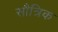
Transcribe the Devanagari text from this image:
सौत्रिक